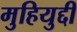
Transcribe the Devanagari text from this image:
मुहियुद्दी